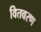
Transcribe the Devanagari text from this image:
वितवरण